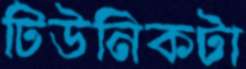
টিউনিকটা